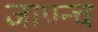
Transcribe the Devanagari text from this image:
जाण्न्च